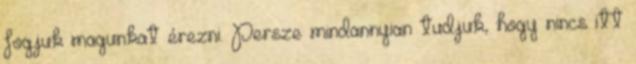
fogjuk magunkat érezni. Persze mindannyian tudjuk, hogy nincs itt